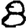
Digit: 8